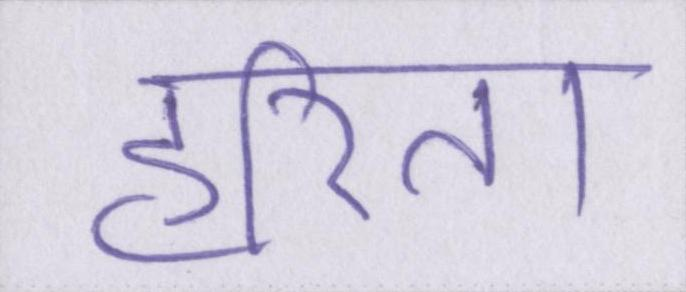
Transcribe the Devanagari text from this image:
हरिता